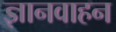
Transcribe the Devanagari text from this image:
ज्ञानवाहन